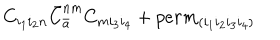
C _ { i _ { 1 } i _ { 2 } n } { \bar { C } } _ { \bar { a } } ^ { n m } C _ { m i _ { 3 } i _ { 4 } } + p e r m _ { ( i _ { 1 } i _ { 2 } i _ { 3 } i _ { 4 } ) }